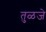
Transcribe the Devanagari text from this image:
तुळजे